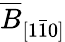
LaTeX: \overline{{B}}_{[1\bar{1}0]}